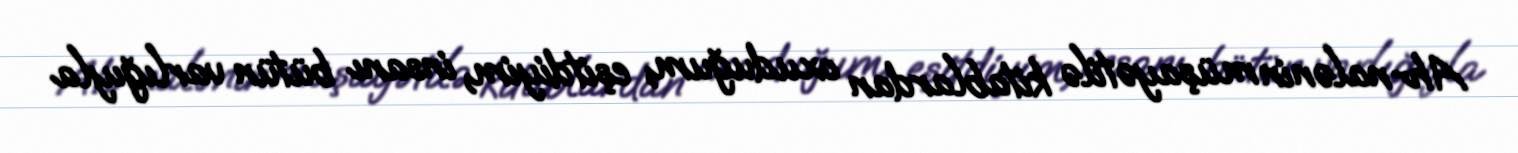
Ah-nalənin müşayətilə kitablardan oxuduğum, eşitdiyim, insanı bütün varlığıyla